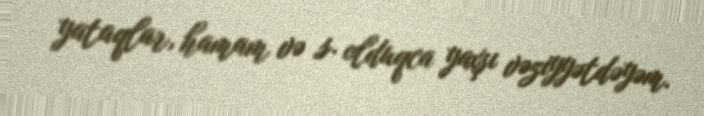
yataqlar, hamam və s. olduqca yaxşı vəziyyətdəyəm.